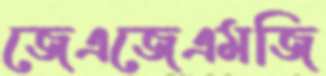
জেএজেএমজি